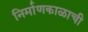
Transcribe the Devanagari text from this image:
निर्माणकाळाची